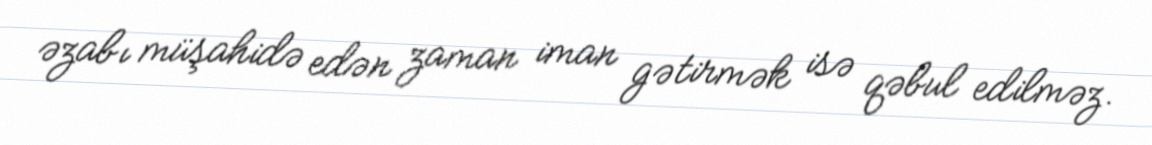
əzabı müşahidə edən zaman iman gətirmək isə qəbul edilməz.